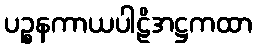
ပဉ္စနကာယပါဠိအဋ္ဌကထာ